Annual administration report of the Civil Veterinary Department of India - 1895-1896
Year: 1895
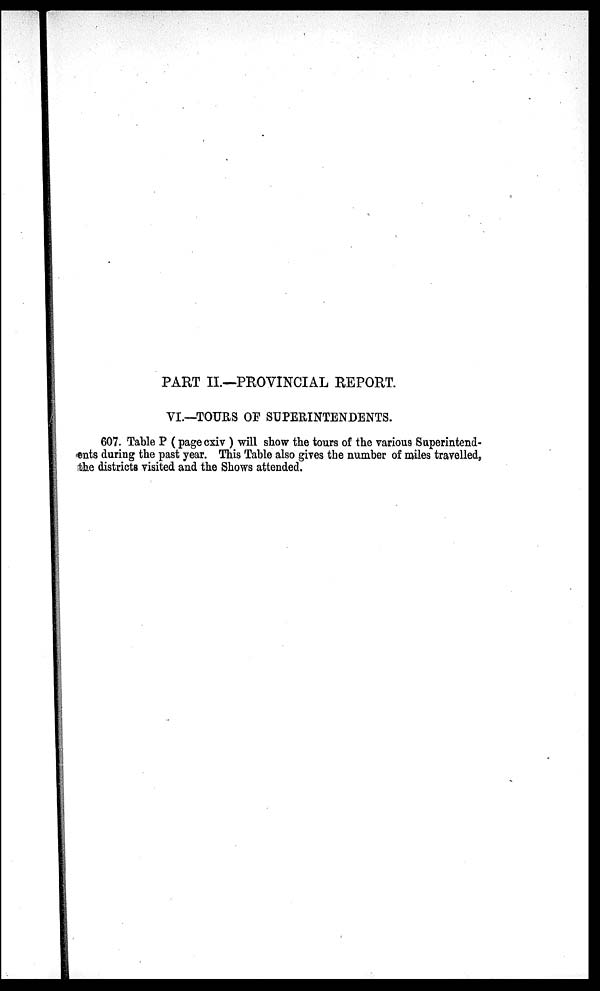
PART II.—PROVINCIAL REPORT.
VI.—TOURS OF SUPERINTENDENTS.
607. Table P (page cxiv) will show the tours of the various Superintend-
ents during the past year. This Table also gives the number of miles travelled,
the districts visited and the Shows attended.